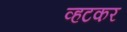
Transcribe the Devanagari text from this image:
व्हटकर